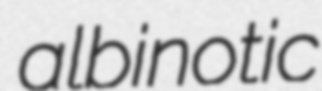
albinotic